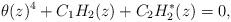
LaTeX: \begin{align*}\theta(z)^4+C_1H_{2}(z)+C_2H^{*}_2(z)=0, \end{align*}